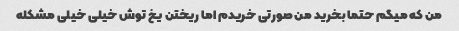
من که میگم حتما بخرید من صورتی خریدم اما ریختن یخ توش خیلی خیلی مشکله